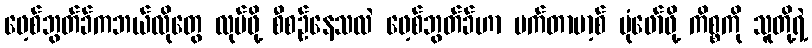
ဖေ့စ်ဘွတ်ခ်ကဘယ်လိုတွေ လုပ်ဖို့ စီစဉ်နေသလဲ ဖေ့စ်ဘွတ်ခ်ဟာ မက်တာဗာ့စ် ပုံဖော်ဖို့ ကိစ္စကို သူတို့ရဲ့